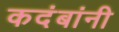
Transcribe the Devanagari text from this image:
कदंबांनी